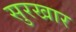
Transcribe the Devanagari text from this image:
सुरखार